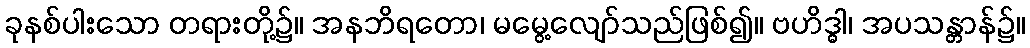
ခုနစ်ပါးသော တရားတို့၌။ အနဘိရတော၊ မမွေ့လျော်သည်ဖြစ်၍။ ဗဟိဒ္ဓါ၊ အပသန္တာန်၌။